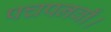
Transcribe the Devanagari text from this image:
पचपनवाँ।